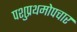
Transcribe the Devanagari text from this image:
पशुप्रथमोपचार